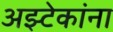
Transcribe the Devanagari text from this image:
अझ्टेकांना